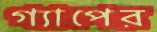
গ্যাপের